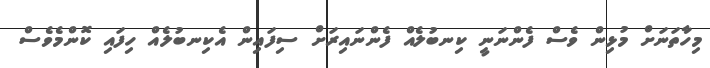
މިހާތަނަށް މުޅިން ވެސް ފެންނަނީ ކިނބުލެއް ފެންނައިރަށް ސިފައިން އެކިނބުލެއް ހިފައި ކޮންމެވެސް